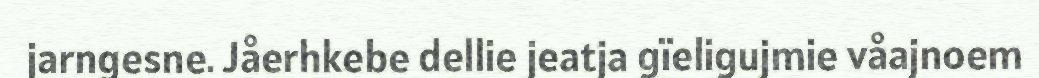
jarngesne. Jåerhkebe dellie jeatja gïeligujmie våajnoem